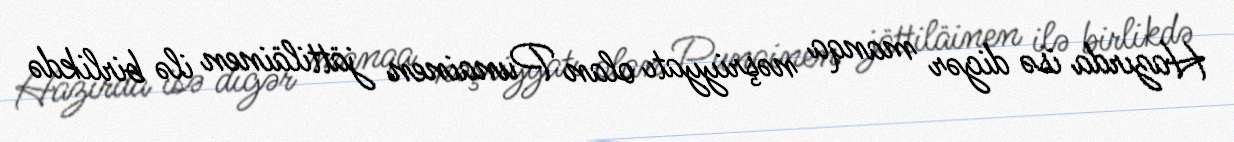
Hazırda isə digər manqa nəşriyyatı olan Punainen jättiläinen ilə birlikdə